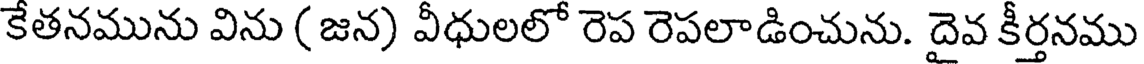
కేతనమును విను ( జన) వీధులలో రెప రెపలాడించును. దైవ కీర్తనము